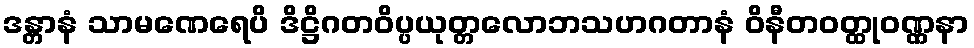
ဒန္တာနံ သာမဏေရေပိ ဒိဋ္ဌိဂတဝိပ္ပယုတ္တလောဘသဟဂတာနံ ဝိနီတဝတ္ထုဝဏ္ဏနာ